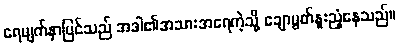
ရေမျက်နှာပြင်သည် အဒါ၏အသားအရေကဲ့သို့ ချောမွတ်နူးညံ့နေသည်။